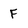
Character: F